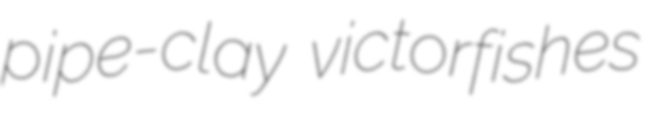
pipe-clay victorfishes